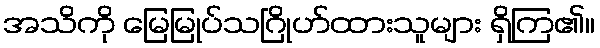
အသိကို မြေမြုပ်သဂြိုဟ်ထားသူများ ရှိကြ၏။